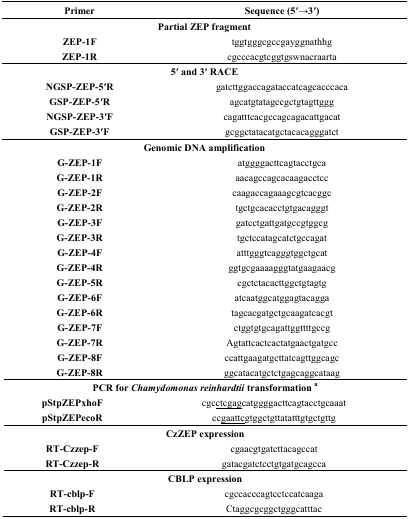
<table><thead><tr><td><b>Primer</b></td><td><b>Sequence (5′→3′)</b></td></tr></thead><tbody><tr><td colspan="2"><b>Partial ZEP fragment</b></td></tr><tr><td><b>ZEP-1F</b></td><td>tggtgggcgccgayggnathhg</td></tr><tr><td><b>ZEP-1R</b></td><td>cgcccacgtcggtgswnacraarta</td></tr><tr><td colspan="2"><b>5′ and 3′ RACE</b></td></tr><tr><td><b>NGSP-ZEP-5</b><b>′R</b></td><td>gatcttggaccagataccatcagcacccaca</td></tr><tr><td><b>GSP-ZEP-5</b><b>′R</b></td><td>agcatgtatagccgctgtagttggg</td></tr><tr><td><b>NGSP-ZEP-3</b><b>′F </b></td><td>cagatttcacgccagcagacattgacat</td></tr><tr><td><b>GSP-ZEP-3</b><b>′F</b></td><td>gcggctatacatgctacacagggatct</td></tr><tr><td colspan="2"><b>Genomic DNA amplification</b></td></tr><tr><td><b>G-ZEP-1F</b></td><td>atggggacttcagtacctgca</td></tr><tr><td><b>G-ZEP-1R</b></td><td>aacagccagcacaagacctcc</td></tr><tr><td><b>G-ZEP-2F</b></td><td>caagaccagaaagcgtcacggc</td></tr><tr><td><b>G-ZEP-2R</b></td><td>tgctgcacacctgtgacagggt</td></tr><tr><td><b>G-ZEP-3F</b></td><td>gatcctgattgatgccgtggcg</td></tr><tr><td><b>G-ZEP-3R</b></td><td>tgctccatagcatctgccagat</td></tr><tr><td><b>G-ZEP-4F</b></td><td>atttgggtcagggtggctgcat</td></tr><tr><td><b>G-ZEP-4R</b></td><td>ggtgcgaaaagggtatgaagaacg</td></tr><tr><td><b>G-ZEP-5R</b></td><td>cgctctacacttggctgtagtg</td></tr><tr><td><b>G-ZEP-6F</b></td><td>atcaatggcatggagtacagga</td></tr><tr><td><b>G-ZEP-6R</b></td><td>tagcacgatgctgcaagatcacgt</td></tr><tr><td><b>G-ZEP-7F</b></td><td>ctggtgtgcagattggttttgccg</td></tr><tr><td><b>G-ZEP-7R</b></td><td>Agtattcactcactatgaactgatgcc</td></tr><tr><td><b>G-ZEP-8F</b></td><td>ccattgaagatgcttatcagttggcagc</td></tr><tr><td><b>G-ZEP-8R</b></td><td>ggcatacatgctctgagcaggcataag</td></tr><tr><td colspan="2"><b>PCR for <i>Chamydomonas reinhardtii</i> transformation</b><b><sup>a</sup></b></td></tr><tr><td><b>pStpZEPxhoF</b></td><td>cgcctcgagcatggggacttcagtacctgcaaat</td></tr><tr><td><b>pStpZEPecoR</b></td><td>ccgaattcgtggctgttatatttgtgctgttg</td></tr><tr><td colspan="2"><b>CzZEP expression</b></td></tr><tr><td><b>RT-Czzep-F</b></td><td>cgaacgtgatcttacagccat</td></tr><tr><td><b>RT-Czzep-R</b></td><td>gatacgatctcctgtgatgcagcca</td></tr><tr><td colspan="2"><b>CBLP expression</b></td></tr><tr><td><b>RT-cblp-F</b></td><td>cgccacccagtcctccatcaaga</td></tr><tr><td><b>RT-cblp-R</b></td><td>Ctaggcgcggctgggcatttac</td></tr></tbody></table>